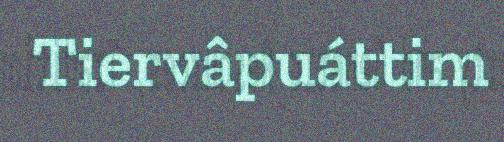
Tiervâpuáttim